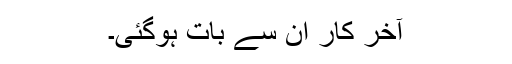
آخر کار ان سے بات ہوگئی۔